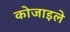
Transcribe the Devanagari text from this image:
कोजाइले